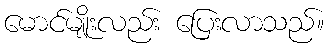
မောင်မျိုးလည်း ပြေးလာသည်။